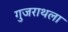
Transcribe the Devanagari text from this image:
गुजराथला